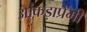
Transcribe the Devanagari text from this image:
आंकड़ाप्रेमी